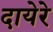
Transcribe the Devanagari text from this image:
दायेरे